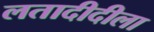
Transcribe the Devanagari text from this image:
लतादीदीला